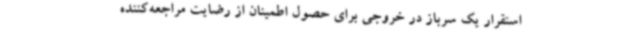
استقرار یک سرباز در خروجی برای حصول اطمینان از رضایت مراجعه‌کننده